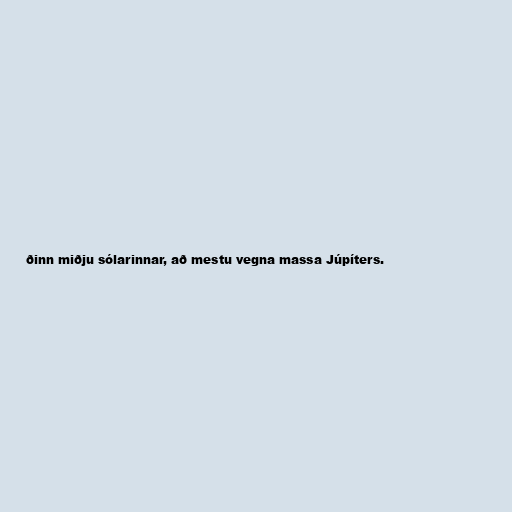
ðinn miðju sólarinnar, að mestu vegna massa Júpíters.